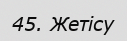
45. Жетісу